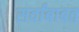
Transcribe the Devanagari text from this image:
सर्वांबाबत